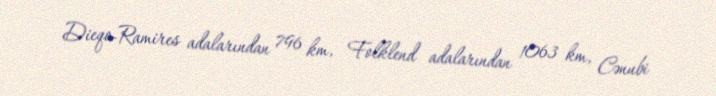
Dieqo-Ramires adalarından 796 km, Folklend adalarından 1063 km, Cənubi